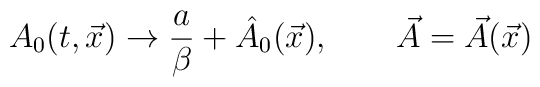
A_{0}(t,\vec{x}) \rightarrow {a\over \beta} + \hat{A}_{0}(\vec{x}),\qquad \vec{A} =\vec{A}(\vec{x})